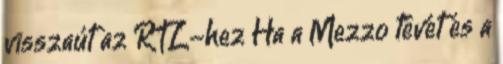
visszaút az RTL-hez Ha a Mezzo tévét és a